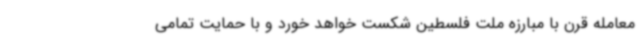
معامله قرن با مبارزه ملت فلسطین شکست خواهد خورد و با حمایت تمامی